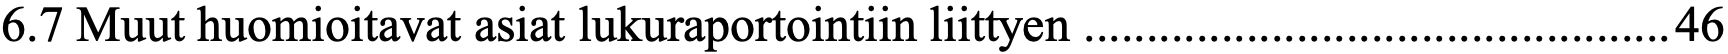
6.7 Muut huomioitavat asiat lukuraportointiin liittyen ............................................... 46